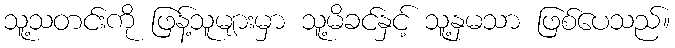
သူ့သတင်းကို ဖြန့်သူများမှာ သူ့မိခင်နှင့် သူ့နှမသာ ဖြစ်ပေသည်။